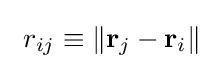
\ r_{ij}\equiv \|\mathbf {r} _{j}-\mathbf {r} _{i}\|\